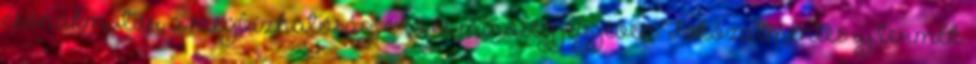
csónakmotor a megbízhatóság, erő és minőség jegyében.Fokozatmentes új termék.